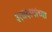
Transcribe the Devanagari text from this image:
३१सदस्यांच्या